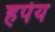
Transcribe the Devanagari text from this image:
हपेय